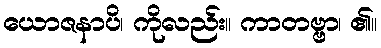
ယောဇနာပိ၊ ကိုလည်း။ ကာတဗ္ဗာ၊ ၏။